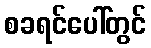
စခရင်ပေါ်တွင်